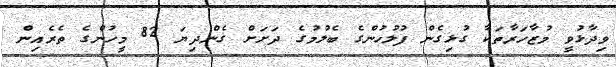
ވިދާޅުވީ މުޒާހަރާތަކާ ގުޅިގެން ފުލުހުންގެ ބެލުމުގެ ދަށަށް ގެންދިޔަ 82 މީހުންގެ ތެރެއިން